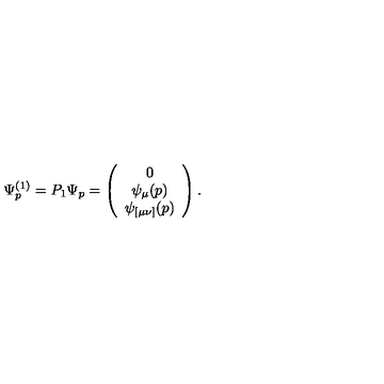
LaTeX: \Psi _ { p } ^ { ( 1 ) } = P _ { 1 } \Psi _ { p } = \left( \begin{array} { c } { 0 } \\ { \psi _ { \mu } ( p ) } \\ { \psi _ { [ \mu \nu ] } ( p ) } \\ \end{array} \right) .